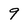
Character: 9